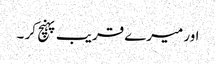
اور میرے قریب پہنچ کر ۔